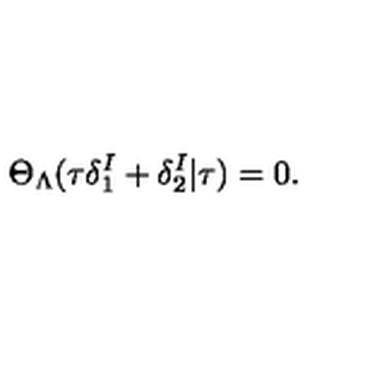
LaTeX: \Theta _ { \Lambda } ( \tau \delta _ { 1 } ^ { I } + \delta _ { 2 } ^ { I } | \tau ) = 0 .